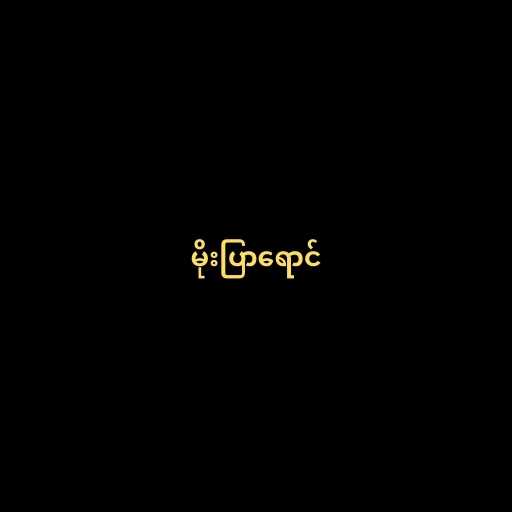
မိုးပြာရောင်